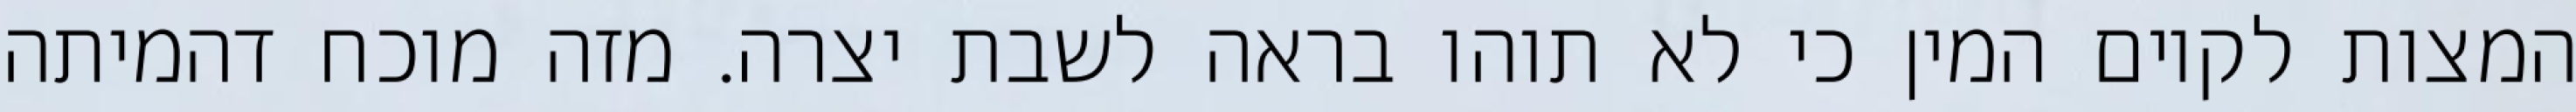
המצות לקיום המין כי לא תוהו בראה לשבת יצרה. מזה מוכח דהמיתה